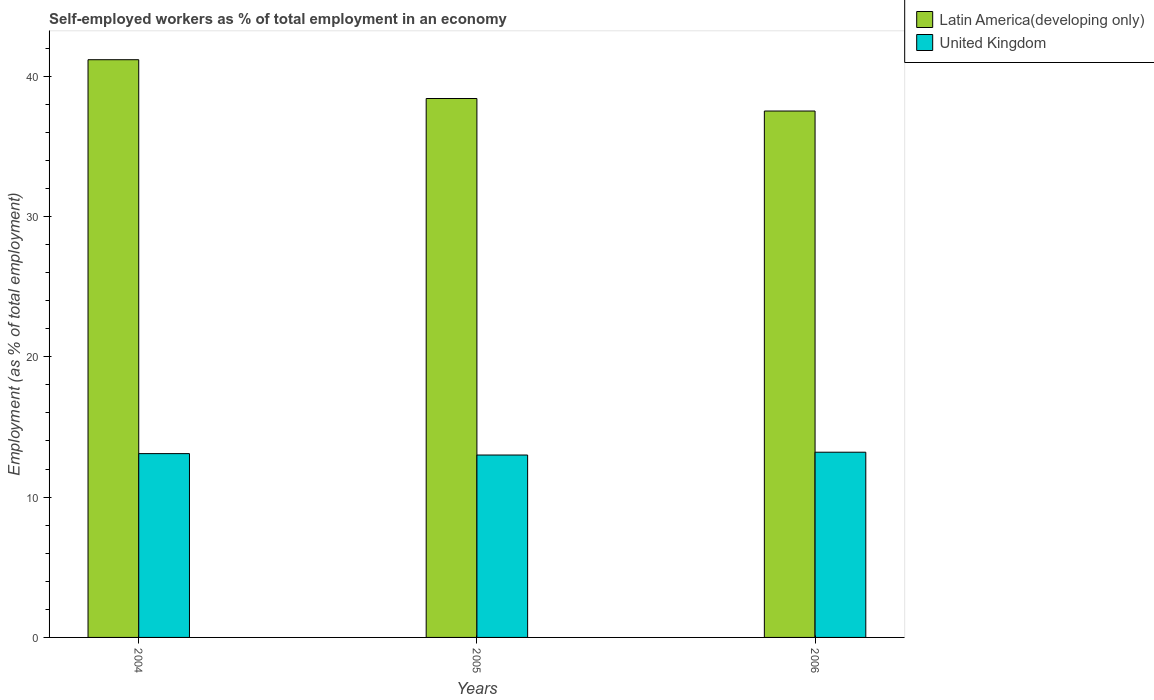
| Years | Latin America(developing only) | United Kingdom |
 | --- | --- | --- |
 | 2004 | 41.2 | 13.1 |
 | 2005 | 38.4 | 13 |
 | 2006 | 37.5 | 13.2 |